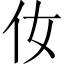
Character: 㚢